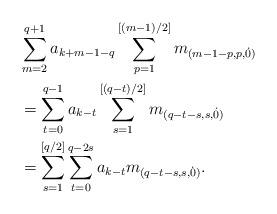
LaTeX: \begin{align*} & \sum_{m=2}^{q+1} a_{k+m-1-q} \sum_{p=1}^{[(m-1)/2]} m_{(m-1-p,p,\dot{0})} \\ &= \sum_{t=0}^{q-1} a_{k-t} \sum_{s=1}^{[(q-t)/2]} m_{(q-t-s,s,\dot{0})} \\ &= \sum_{s=1}^{[q/2]} \sum_{t=0}^{q-2s} a_{k-t} m_{(q-t-s,s,\dot{0})}.\end{align*}